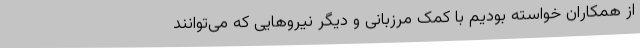
از همکاران خواسته بودیم با کمک مرزبانی و دیگر نیروهایی که می‌توانند